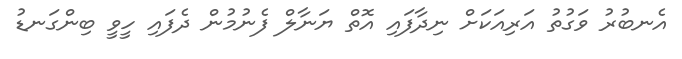
އެނބުރު ވަގުތު އަރިއަކަށް ނިދާފައި އޮތް ޔަނާލް ފެނުމުން ދެފައި ހީވީ ބިންގަނޑު